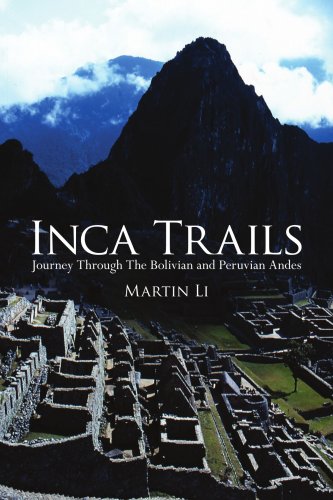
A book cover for Inca Trails: Journey Through The Bolivian and Peruvian Andes; Martin Li; Travel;